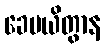
ခေပယိတွာန